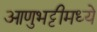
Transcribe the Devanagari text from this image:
आणुभट्टीमध्ये